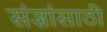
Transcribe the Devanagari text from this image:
संज्ञांसाठी